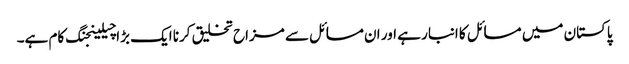
پاکستان میں مسائل کا انبار ہے اور ان مسائل سے مزاح تخلیق کرنا ایک بڑا چیلینجنگ کام ہے۔